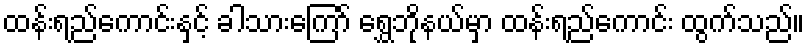
ထန်းရည်ကောင်းနှင့် ခါသားကြော် ရွှေဘိုနယ်မှာ ထန်းရည်ကောင်း ထွက်သည်။